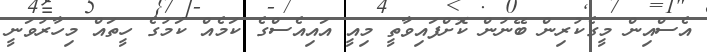
އެސްއިން މީގެކުރިން ބޭނުން ކޮށްފައިވާތީ މިއީ އައިއެސްގެ ކަމެއް ކަމުގެ ހީތައް މިހާރުވަނީ